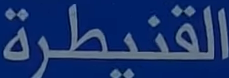
القنيطرة